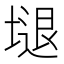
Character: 𱗩